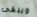
ويبقى